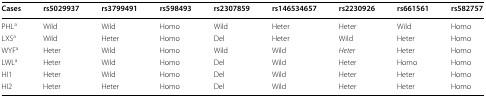
| Cases | rs5029937 | rs3799491 | rs598493 | rs2307859 | rs146534657 | rs2230926 | rs661561 | rs582757 |
 | --- | --- | --- | --- | --- | --- | --- | --- | --- |
 | PHLa | Wild | Wild | Homo | Wild | Heter | Heter | Wild | Homo |
 | LXSa | Wild | Heter | Homo | Del | Heter | Wild | Heter | Homo |
 | WYFa | Heter | Wild | Homo | Wild | Wild | Heter | Heter | Homo |
 | LWLa | Heter | Wild | Homo | Del | Wild | Heter | Homo | Homo |
 | HI1 | Heter | Wild | Homo | Del | Wild | Heter | Heter | Homo |
 | HI2 | Heter | Heter | Homo | Del | Wild | Heter | Heter | Homo |